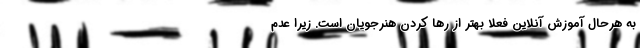
به هرحال آموزش آنلاین فعلا بهتر از رها کردن هنرجویان است. زیرا عدم